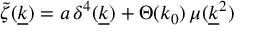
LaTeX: \widetilde \zeta ( \underline { { k } } ) = a \, \delta ^ { 4 } ( \underline { { k } } ) + \Theta ( k _ { 0 } ) \, \mu ( \underline { { k } } ^ { 2 } )